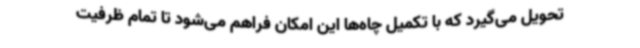
تحویل می‌گیرد که با تکمیل چاه‌ها این امکان فراهم می‌شود تا تمام ظرفیت